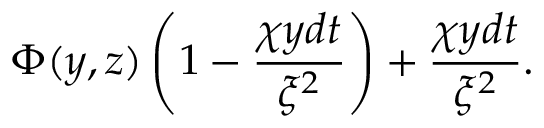
\Phi ( y , z ) \left( 1 - { \frac { \chi y d t } { \xi ^ { 2 } } } \right) + { \frac { \chi y d t } { \xi ^ { 2 } } } .